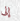
إلى